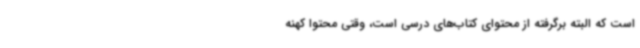
است که البته برگرفته از محتوای کتاب‌های درسی است، وقتی محتوا کهنه